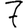
Digit: 7